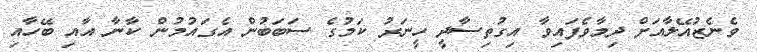
ވެނެޒުއޭލާއަށް ދިމާވެފައިވާ އިގުތިސާދީ ހީނަރު ކަމުގެ ސަބަބުން އެގައުމުން ކާނާ އާއި ބޭހާއި